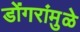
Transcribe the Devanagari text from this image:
डोंगरांमुळे